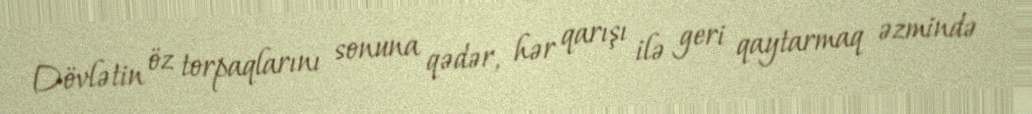
Dövlətin öz torpaqlarını sonuna qədər, hər qarışı ilə geri qaytarmaq əzmində